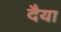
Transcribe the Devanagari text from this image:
दैया